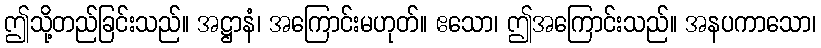
ဤသို့တည်ခြင်းသည်။ အဋ္ဌာနံ၊ အကြောင်းမဟုတ်။ ဧသော၊ ဤအကြောင်းသည်။ အနပကာသော၊